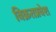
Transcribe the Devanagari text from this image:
विक्रतप्रवेश